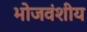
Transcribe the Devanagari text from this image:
भोजवंशीय